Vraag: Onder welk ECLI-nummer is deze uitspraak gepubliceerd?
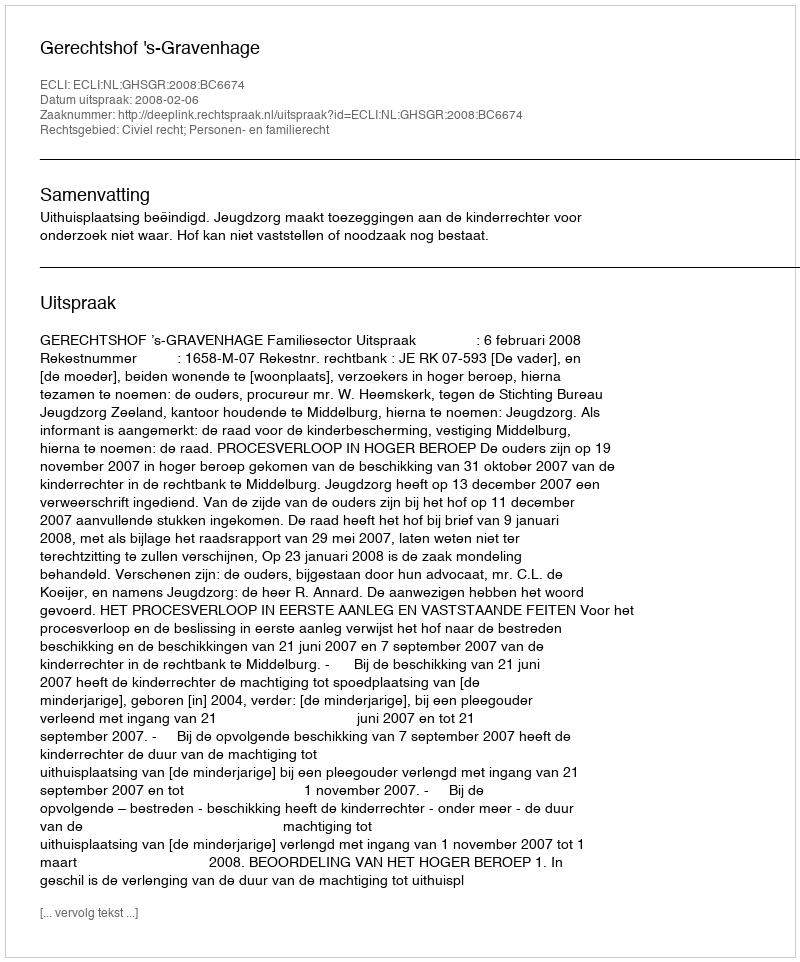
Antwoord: ECLI:NL:GHSGR:2008:BC6674